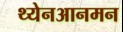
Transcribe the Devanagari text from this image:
थ्येनआनमन